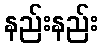
နည်းနည်း